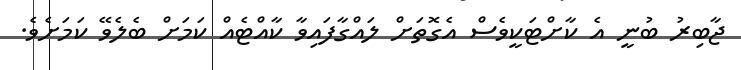
ޖާބިރު ބުނީ އެ ކާށްޓަކީވެސް އެގޮތަށް ލައްގާފައިވާ ކާއްޓެއް ކަމަށް ބެލެވޭ ކަމަށެވެ.